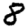
Digit: 8